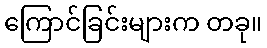
ကြောင်ခြင်းများက တခု။